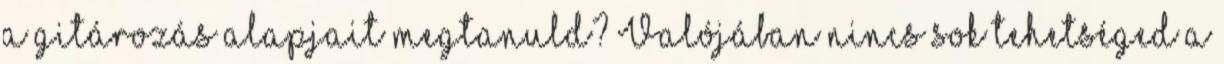
a gitározás alapjait megtanuld? Valójában nincs sok tehetséged a